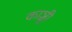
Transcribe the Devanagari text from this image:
काञ्ची